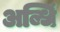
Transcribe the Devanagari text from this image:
अब्धिं